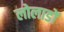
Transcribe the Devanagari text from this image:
लोलाडों